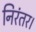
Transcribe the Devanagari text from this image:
निरंतर।